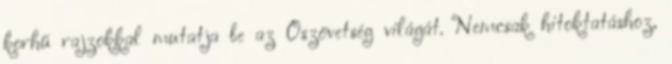
korhű rajzokkal mutatja be az Ószövetség világát. Nemcsak hitoktatáshoz,